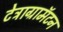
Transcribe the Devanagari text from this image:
टेट्राग्रामॅटन